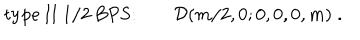
LaTeX: \mathrm { t y p e ~ I I ~ 1 / 2 ~ B P S : } \qquad { \cal D } ( m / 2 , 0 ; 0 , 0 , 0 , m ) \; .